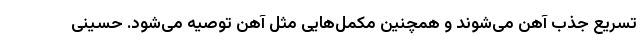
تسریع جذب آهن می‌شوند و همچنین مکمل‌هایی مثل آهن توصیه می‌شود. حسینی